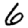
Digit: 6